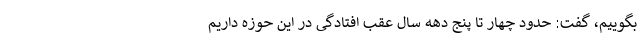
بگوییم، گفت: حدود چهار تا پنج دهه سال عقب افتادگی در این حوزه داریم